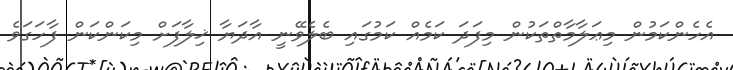
އެހެންކަމުން މިޢަލާމާތްތަކުން މިފަދަ ކަމެއް ކަމުގައި ބެލެވޭނީ އާދަޔާ ޚިލާފަށް މިކަންކަން ފާހަގަވެ